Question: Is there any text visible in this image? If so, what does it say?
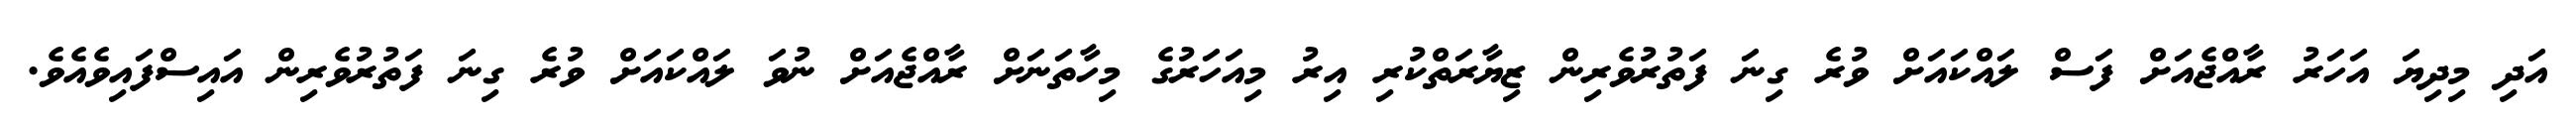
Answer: އަދި މިދިޔަ އަހަރު ރާއްޖެއަށް ފަސް ލައްކައަށް ވުރެ ގިނަ ފަތުރުވެރިން ޒިޔާރަތްކުރި އިރު މިއަހަރުގެ މިހާތަނަށް ރާއްޖެއަށް ނުވަ ލައްކައަށް ވުރެ ގިނަ ފަތުރުވެރިން އައިސްފައިވެއެވެ.